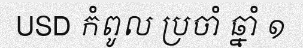
USD កំពូល ប្រចាំ ឆ្នាំ ១